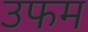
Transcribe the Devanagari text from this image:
उफम